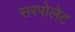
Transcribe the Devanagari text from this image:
सरपोलेट